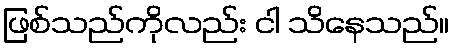
ဖြစ်သည်ကိုလည်း ငါ သိနေသည်။